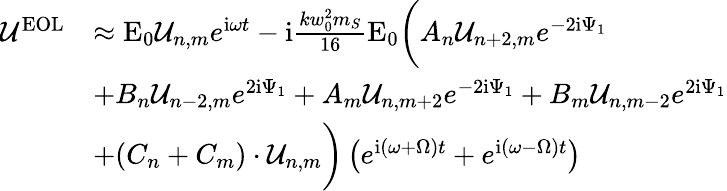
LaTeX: \begin{array}{rl}{\mathcal{U}^{\mathrm{EOL}}}&{\approx\mathrm{E}_{0}\mathcal{U}_{n,m}e^{\mathrm{i}\omega t}-\mathrm{i}\frac{kw_{0}^{2}m_{S}}{16}\mathrm{E}_{0}\bigg(A_{n}\mathcal{U}_{n+2,m}e^{-2\mathrm{i}\Psi_{1}}}\\ &{+B_{n}\mathcal{U}_{n-2,m}e^{2\mathrm{i}\Psi_{1}}+A_{m}\mathcal{U}_{n,m+2}e^{-2\mathrm{i}\Psi_{1}}+B_{m}\mathcal{U}_{n,m-2}e^{2\mathrm{i}\Psi_{1}}}\\ &{+(C_{n}+C_{m})\cdot\mathcal{U}_{n,m}\bigg)\left(e^{\mathrm{i}(\omega+\Omega)t}+e^{\mathrm{i}(\omega-\Omega)t}\right)}\end{array}